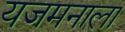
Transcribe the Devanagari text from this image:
यजमनाला